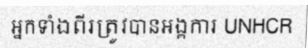
អ្នកទាំងពីរត្រូវបានអង្គការ UNHCR